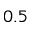
0 . 5